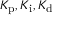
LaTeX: K _ { \mathrm { p } } , K _ { \mathrm { i } } , K _ { \mathrm { d } }